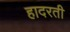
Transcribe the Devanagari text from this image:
हादरती